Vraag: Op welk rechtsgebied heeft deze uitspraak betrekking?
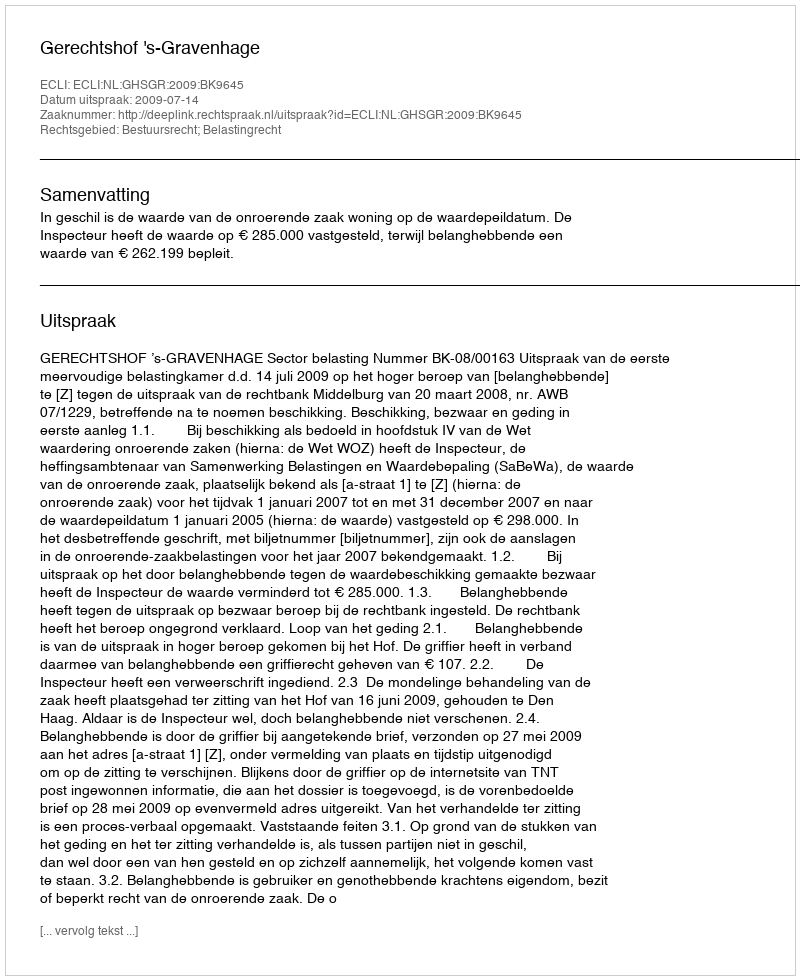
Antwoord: Bestuursrecht; Belastingrecht